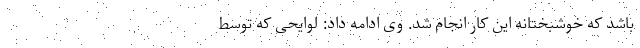
باشد که خوشبختانه این کار انجام شد. وی ادامه داد: لوایحی که توسط